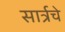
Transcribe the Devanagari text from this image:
सार्त्रचे